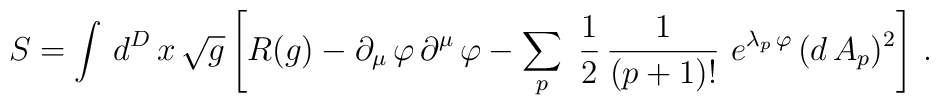
S = \int \, d^D \, x \, \sqrt{g} \left[ R(g) - \partial_{\mu} \, \varphi \, \partial^{\mu} \, \varphi - \sum_p \ \frac{1}{2} \, \frac{1}{(p+1)!} \ e^{\lambda_p \, \varphi} \, (d \, A_p)^2 \right] \, .